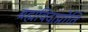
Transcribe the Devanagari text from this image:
ब्रह्मविदाप्नोति